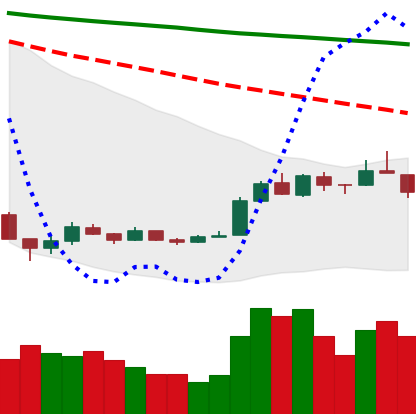
Ticker: EOS-USD
Chart end date: 2018-12-25
Forward return: 6.293%
Label: up_5_7